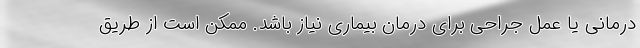
درمانی یا عمل جراحی برای درمان بیماری نیاز باشد. ممکن است از طریق